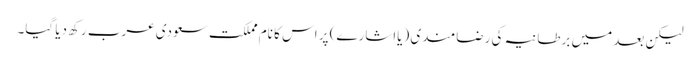
لیکن بعد میں برطانیہ کی رضامندی (یااشارے) پر اس کا نام مملکت سعودی عرب رکھ دیا گیا۔